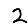
Digit: 2